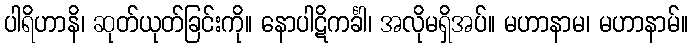
ပါရိဟာနိ၊ ဆုတ်ယုတ်ခြင်းကို။ နောပါဋိကင်္ခါ၊ အလိုမရှိအပ်။ မဟာနာမ၊ မဟာနာမ်။